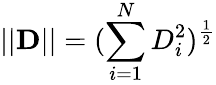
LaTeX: ||\mathbf{D}||=(\sum_{i=1}^{N}D_{i}^{2})^{\frac{1}{2}}